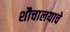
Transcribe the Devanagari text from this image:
शौचालयाचे